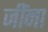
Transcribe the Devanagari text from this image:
जींना